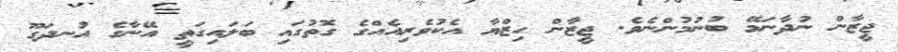
ޖީޒާން ނުދާނަމޭ ބުނުމުންނެވެ. ޖީޒާން ހިޒްޔާ އެކުވެރިއެއްގެ ގޮތުގައި ބަލައިގަތީ އޭނާގެ އުނދަގޫ